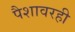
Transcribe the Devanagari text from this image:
पैशावरही